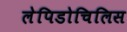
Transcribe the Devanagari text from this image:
लेपिडोचिलिस